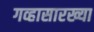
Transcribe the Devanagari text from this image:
गव्हासारख्या